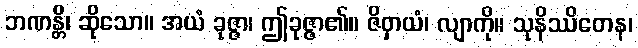
ဘဏန္တိ၊ ဆိုသော။ အယံ ခုဇ္ဇာ၊ ဤခုဇ္ဇာ၏။ ဇိဝှာယံ၊ လျာကို။ သုနိဿိတေန၊